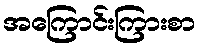
အကြောင်းကြားစာ